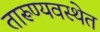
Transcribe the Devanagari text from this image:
तारूण्यवस्थेत